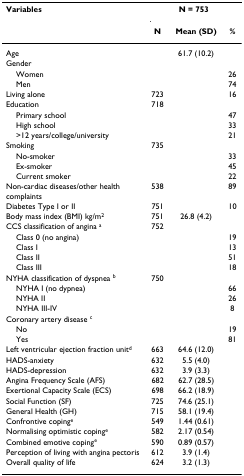
<table><thead><tr><td><b>Variables</b></td><td colspan="3"><b>N = 753</b></td></tr><tr><td></td><td><b>N</b></td><td><b>Mean (SD)</b></td><td><b>%</b></td></tr></thead><tbody><tr><td>Age</td><td></td><td>61.7 (10.2)</td><td></td></tr><tr><td>Gender</td><td></td><td></td><td></td></tr><tr><td> Women</td><td></td><td></td><td>26</td></tr><tr><td> Men</td><td></td><td></td><td>74</td></tr><tr><td>Living alone</td><td>723</td><td></td><td>16</td></tr><tr><td>Education</td><td>718</td><td></td><td></td></tr><tr><td> Primary school</td><td></td><td></td><td>47</td></tr><tr><td> High school</td><td></td><td></td><td>33</td></tr><tr><td> &gt;12 years/college/university</td><td></td><td></td><td>21</td></tr><tr><td>Smoking</td><td>735</td><td></td><td></td></tr><tr><td> No-smoker</td><td></td><td></td><td>33</td></tr><tr><td> Ex-smoker</td><td></td><td></td><td>45</td></tr><tr><td> Current smoker</td><td></td><td></td><td>22</td></tr><tr><td>Non-cardiac diseases/other health complaints</td><td>538</td><td></td><td>89</td></tr><tr><td>Diabetes Type I or II</td><td>751</td><td></td><td>10</td></tr><tr><td>Body mass index (BMI) kg/m<sup>2</sup></td><td>751</td><td>26.8 (4.2)</td><td></td></tr><tr><td>CCS classification of angina <sup>a</sup></td><td>752</td><td></td><td></td></tr><tr><td> Class 0 (no angina)</td><td></td><td></td><td>19</td></tr><tr><td> Class I</td><td></td><td></td><td>13</td></tr><tr><td> Class II</td><td></td><td></td><td>51</td></tr><tr><td> Class III</td><td></td><td></td><td>18</td></tr><tr><td>NYHA classification of dyspnea <sup>b</sup></td><td>750</td><td></td><td></td></tr><tr><td> NYHA I (no dypnea)</td><td></td><td></td><td>66</td></tr><tr><td> NYHA II</td><td></td><td></td><td>26</td></tr><tr><td> NYHA III-IV</td><td></td><td></td><td>8</td></tr><tr><td>Coronary artery disease <sup>c</sup></td><td></td><td></td><td></td></tr><tr><td> No</td><td></td><td></td><td>19</td></tr><tr><td> Yes</td><td></td><td></td><td>81</td></tr><tr><td>Left ventricular ejection fraction unit<sup>d</sup></td><td>663</td><td>64.6 (12.0)</td><td></td></tr><tr><td>HADS-anxiety</td><td>632</td><td>5.5 (4.0)</td><td></td></tr><tr><td>HADS-depression</td><td>632</td><td>3.9 (3.3)</td><td></td></tr><tr><td>Angina Frequency Scale (AFS)</td><td>682</td><td>62.7 (28.5)</td><td></td></tr><tr><td>Exertional Capacity Scale (ECS)</td><td>698</td><td>66.2 (18.9)</td><td></td></tr><tr><td>Social Function (SF)</td><td>725</td><td>74.6 (25.1)</td><td></td></tr><tr><td>General Health (GH)</td><td>715</td><td>58.1 (19.4)</td><td></td></tr><tr><td>Confrontive coping<sup>e</sup></td><td>549</td><td>1.44 (0.61)</td><td></td></tr><tr><td>Normalising optimistic coping<sup>e</sup></td><td>582</td><td>2.17 (0.54)</td><td></td></tr><tr><td>Combined emotive coping<sup>e</sup></td><td>590</td><td>0.89 (0.57)</td><td></td></tr><tr><td>Perception of living with angina pectoris</td><td>612</td><td>3.9 (1.4)</td><td></td></tr><tr><td>Overall quality of life</td><td>624</td><td>3.2 (1.3)</td><td></td></tr></tbody></table>